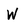
Character: w